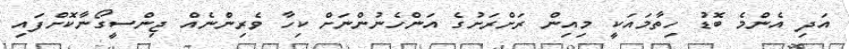
އަދި އެންމެ ބޮޑު ހިތާމައަކީ މިއިން ރަށްރަށުގެ އަންހެނުންނަށް ކިހާ ވެރިންނެއް ޖިންސީގޯނާކޮށްފައި